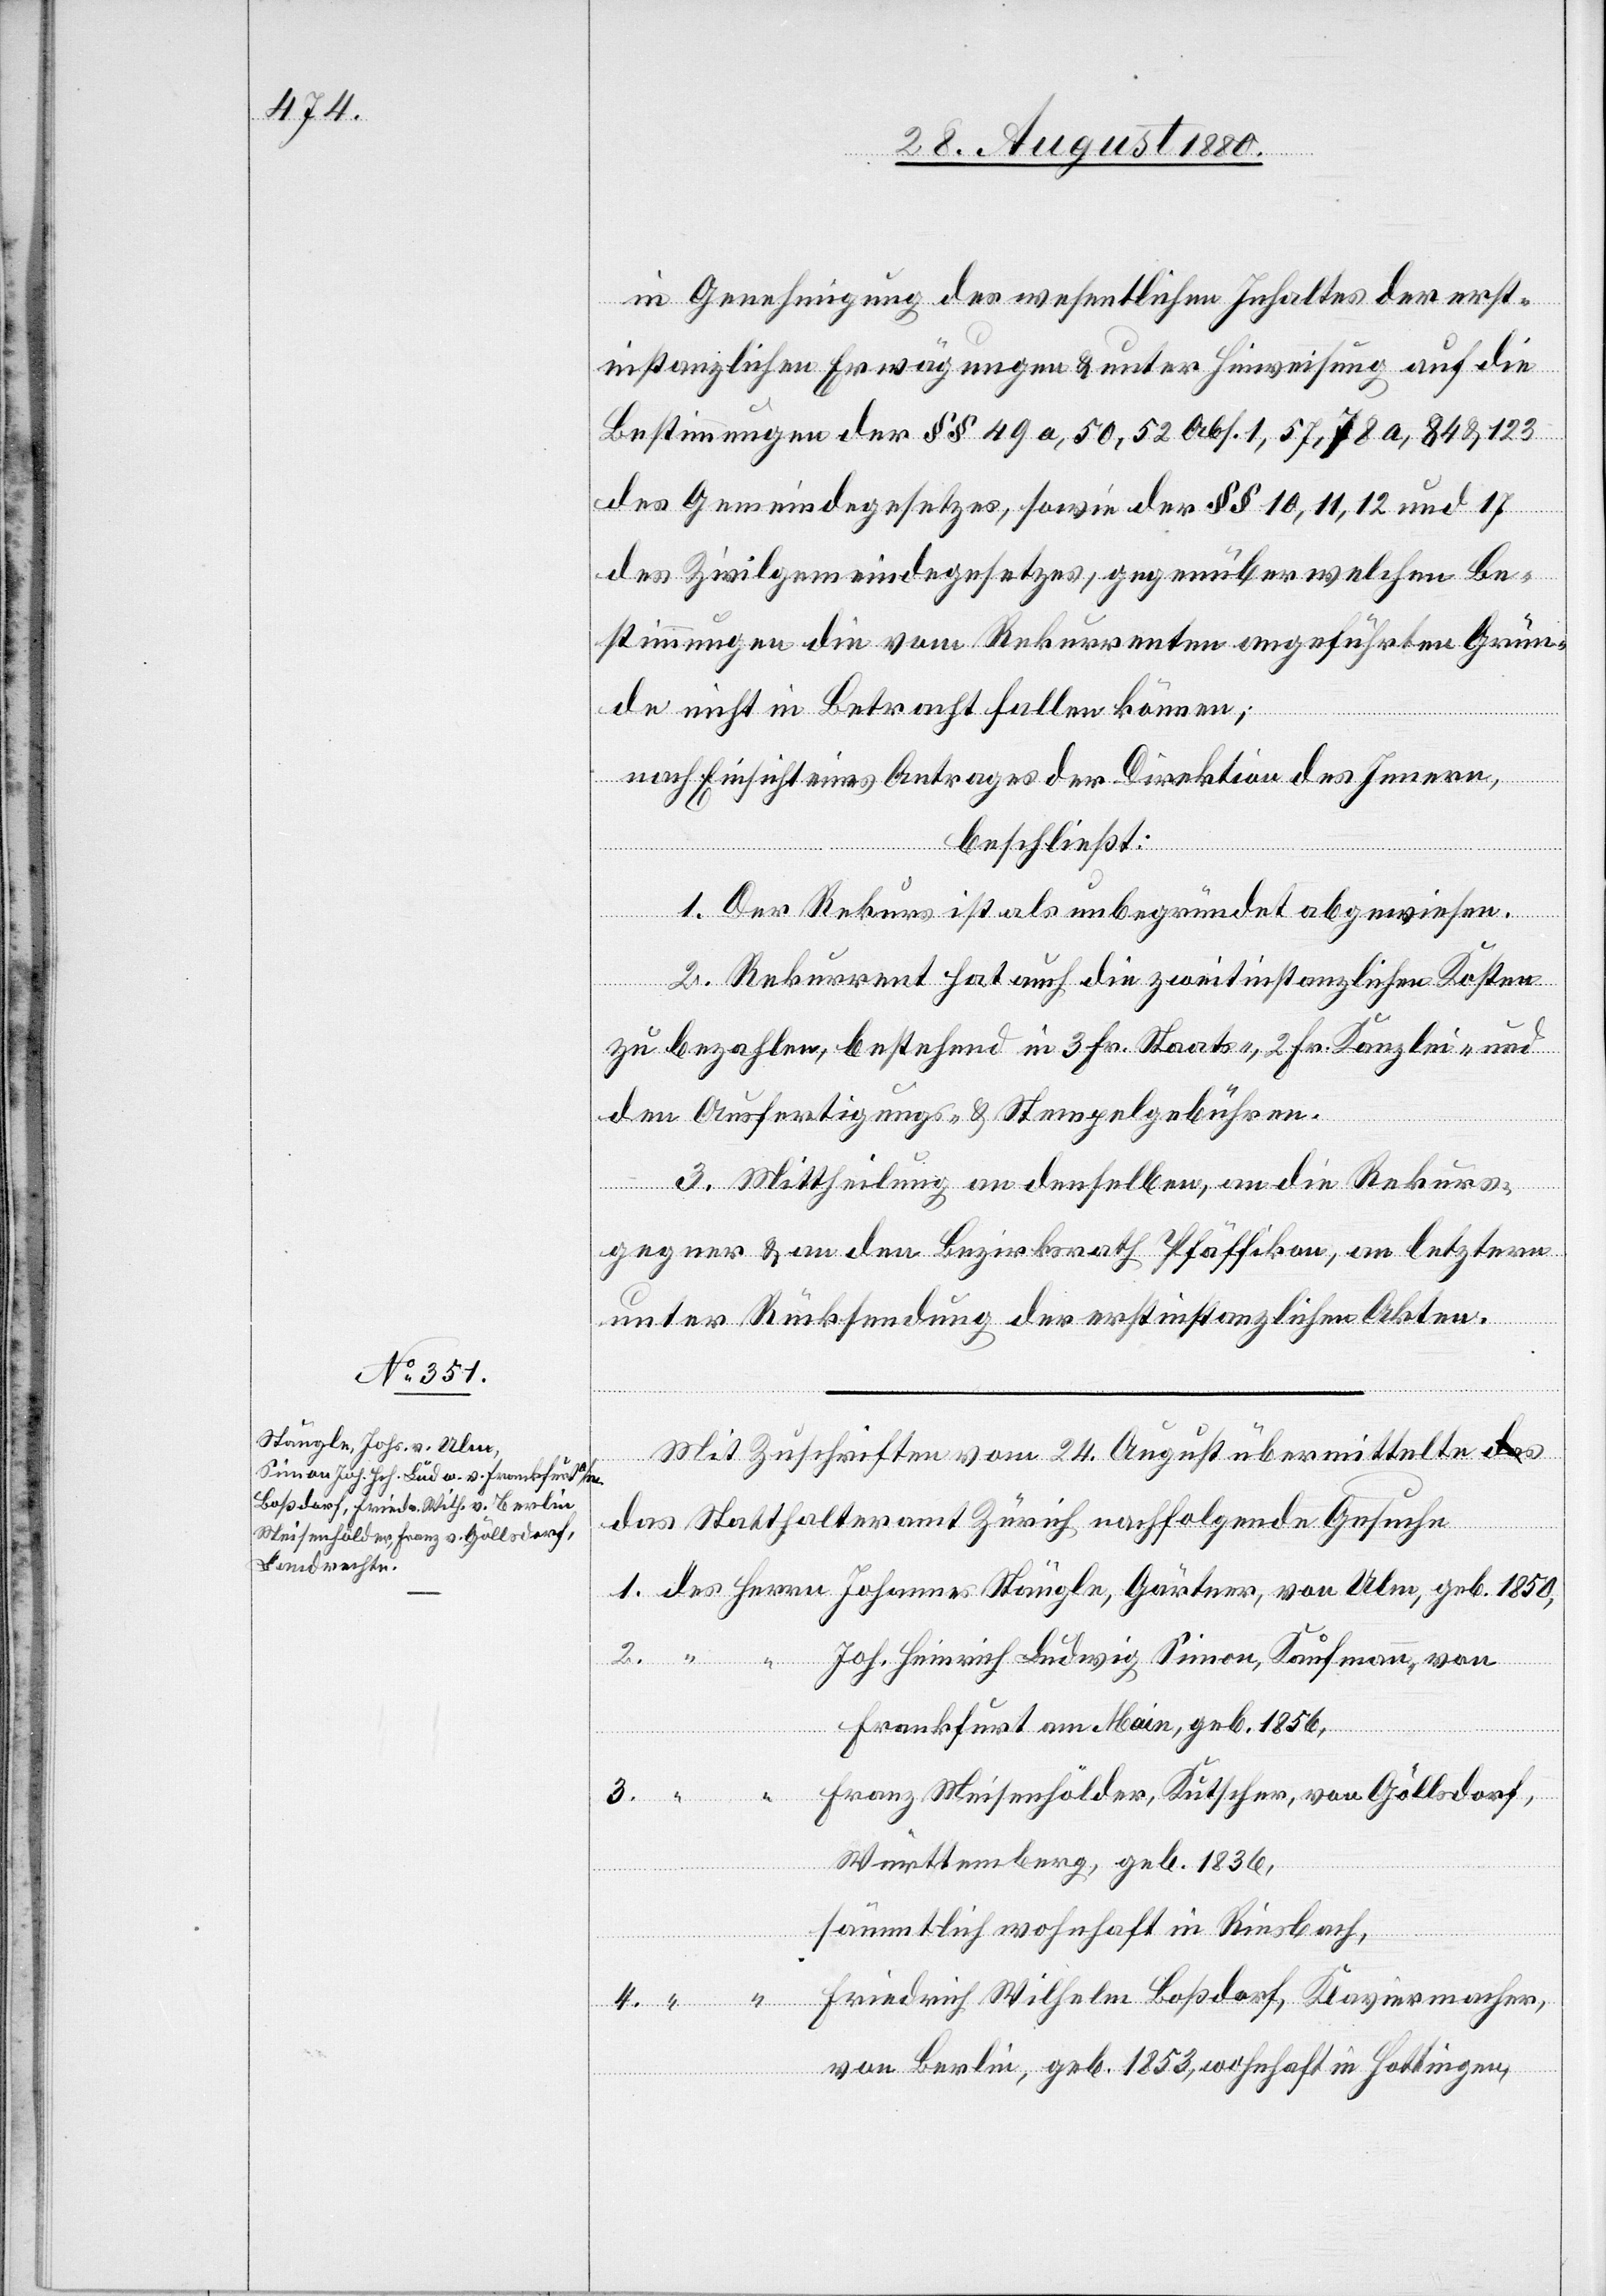
in Genehmigung des wesentlichen Inhaltes der erst¬
instanzlichen Erwägungen & unter Hinweisung auf die
Bestimmungen der §§ 49a, 50, 52 Abs. 1, 57, 78a, 84 & 123
des Gemeindegesetzes, sowie der §§ 10, 11, 12 und 17
des Zivilgemeindegesetzes, gegenüber welchen Be¬
stimmungen die vom Rekurrenten angeführten Grün¬
de nicht in Betracht fallen können;
n,
nach Einsicht eines Antrages der Direktion des Innern,
beschließt:
Heinrich
1. Der Rekurs ist als unbegründet abgewiesen.
2. Rekurrent hat auch die zweitinstanzlichen Kosten
zu bezahlen, bestehend in 3 Fr. Staats-, 2 Fr. Kanzlei- und
von
den Ausfertigungs- & Stempelgebühren.
3. Mittheilung an denselben, an die Rekurs¬
gegner & an den Bezirksrath Pfäffikon, an letztern
4.
unter Rücksendung der erstinstanzlichen Akten.
Mit Zuschriften vom 24. August übermittelt d¬
as Statthalteramt Zürich nachfolgende Gesuche
Frankfurt am Main, geb. 1856,
Franz Meisenhölder, Kutscher, von Göllsdorf,
3.
Württemberg, geb. 1836,
sämmtlich wohnhaft in Riesbach,
Friedrich Wilhelm Boßdorf, Klaviermacher,
von Berlin, geb. 1853, wohnhaft in Hottingen,